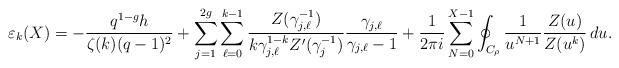
LaTeX: \begin{align*}\varepsilon_{k}(X) = -\frac{q^{1-g}h}{\zeta(k)(q-1)^2} + \sum_{j=1}^{2g} \sum_{\ell=0}^{k-1} \frac{Z(\gamma_{j, \ell}^{-1}) }{k\gamma_{j, \ell}^{1-k} Z'(\gamma_j^{-1}) } \frac{\gamma_{j, \ell}}{\gamma_{j, \ell}-1}+ \frac{1}{2\pi i} \sum_{N=0}^{X-1}\oint_{C_\rho} \frac{1}{u^{N+1}}\frac{Z(u)}{Z(u^k)}\,du.\end{align*}